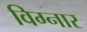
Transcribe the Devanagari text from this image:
विग्नार